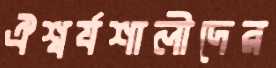
ঐশ্বর্যশালীদের